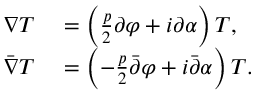
\begin{array} { r l } { \nabla T } & { { } = \left( \frac { p } { 2 } \partial \varphi + i \partial \alpha \right) T , } \\ { \bar { \nabla } T } & { { } = \left( - \frac { p } { 2 } \bar { \partial } \varphi + i \bar { \partial } \alpha \right) T . } \end{array}